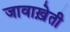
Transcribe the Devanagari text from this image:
जावाख़ेती